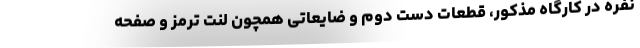
نفره در کارگاه مذکور، قطعات دست دوم و ضایعاتی همچون لنت ترمز و صفحه